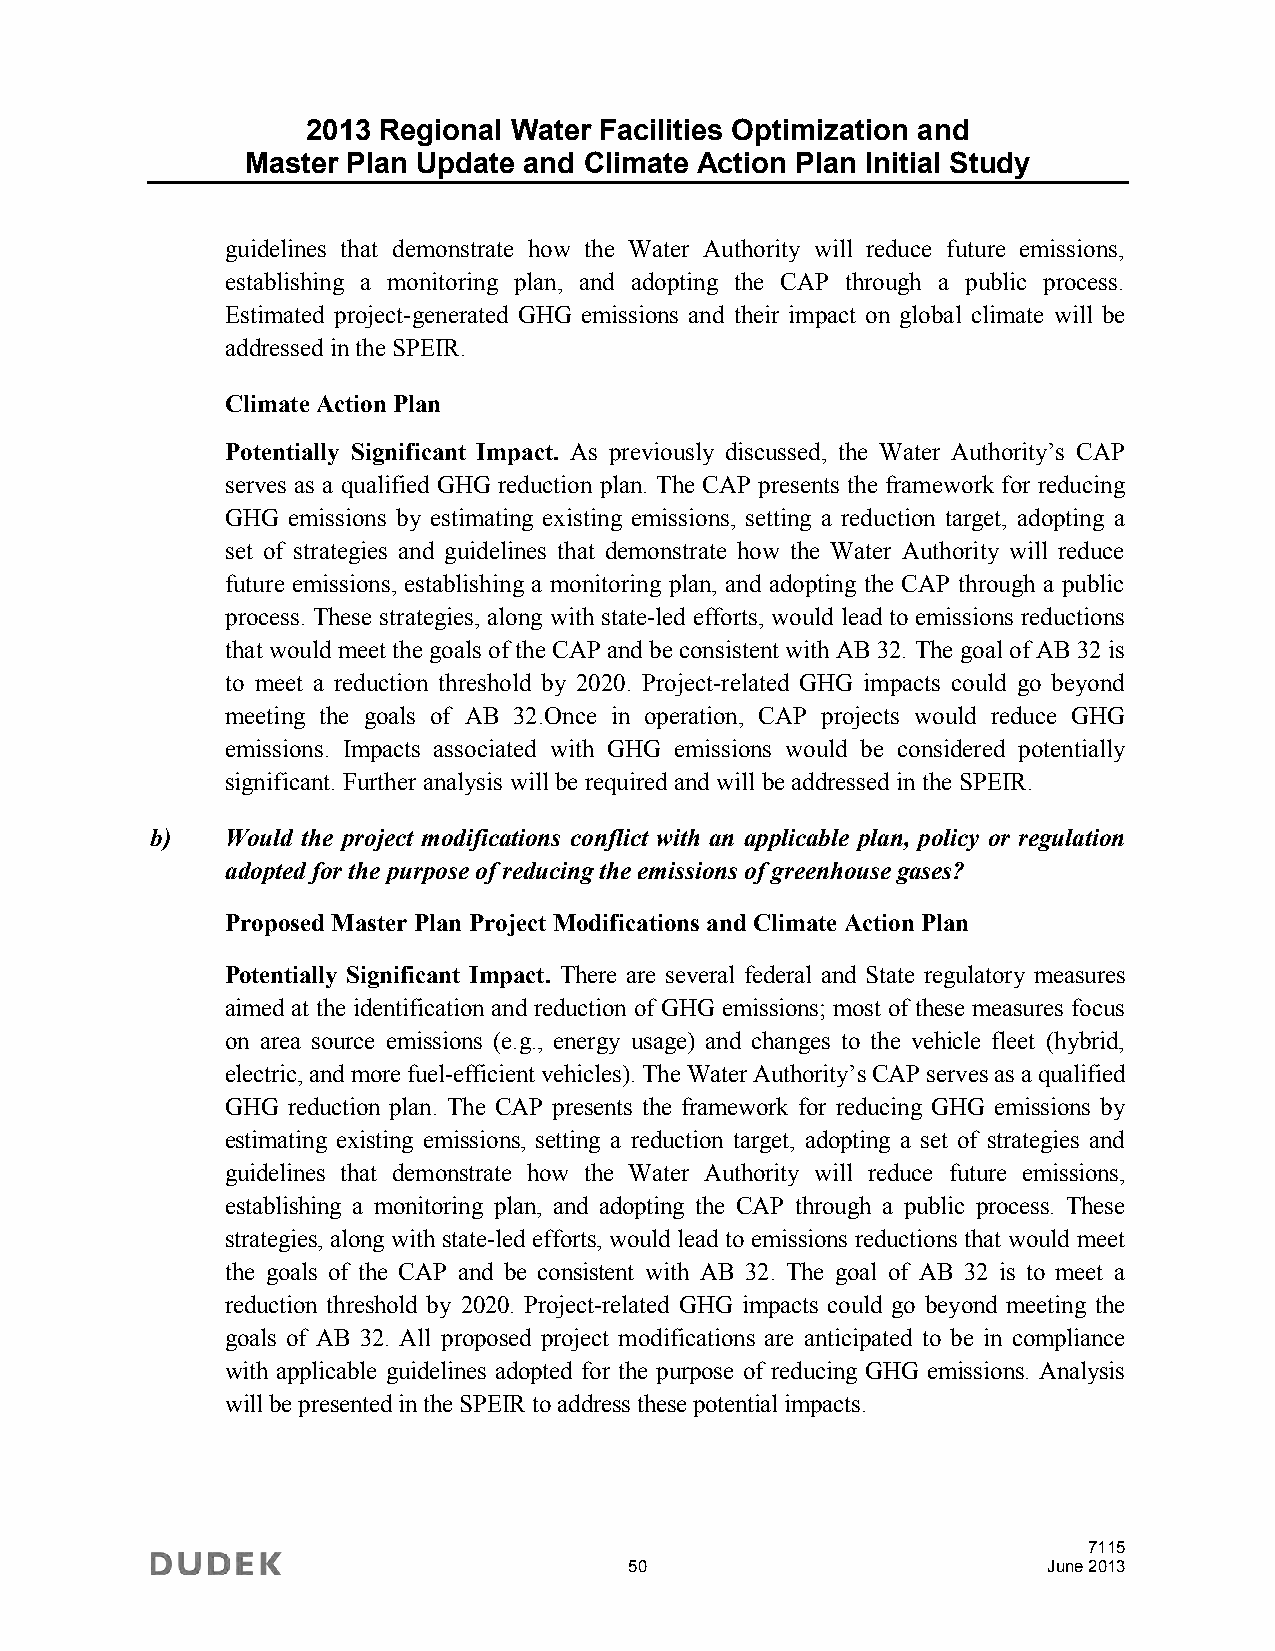
2013 Regional Water Facilities Optimization and
 Master Plan Update and Climate Action Plan Initial Study
 guidelines that demonstrate how the Water Authority will reduce future emissions,
 establishing a monitoring plan, and adopting the CAP through a public process.
 Estimated project-generated GHG emissions and their impact on global climate will be
 addressed in the SPEIR.
 Climate Action Plan
 Potentially Significant Impact. As previously discussed, the Water Authority’s CAP
 serves as a qualified GHG reduction plan. The CAP presents the framework for reducing
 GHG emissions by estimating existing emissions, setting a reduction target, adopting a
 set of strategies and guidelines that demonstrate how the Water Authority will reduce
 future emissions, establishing a monitoring plan, and adopting the CAP through a public
 process. These strategies, along with state-led efforts, would lead to emissions reductions
 that would meet the goals of the CAP and be consistent with AB 32. The goal of AB 32 is
 to meet a reduction threshold by 2020. Project-related GHG impacts could go beyond
 meeting the goals of AB 32.Once in operation, CAP projects would reduce GHG
 emissions. Impacts associated with GHG emissions would be considered potentially
 significant. Further analysis will be required and will be addressed in the SPEIR.
 b)   Would the project modifications conflict with an applicable plan, policy or regulation
 adopted for the purpose of reducing the emissions of greenhouse gases?
 Proposed Master Plan Project Modifications and Climate Action Plan
 Potentially Significant Impact. There are several federal and State regulatory measures
 aimed at the identification and reduction of GHG emissions; most of these measures focus
 on area source emissions (e.g., energy usage) and changes to the vehicle fleet (hybrid,
 electric, and more fuel-efficient vehicles). The Water Authority’s CAP serves as a qualified
 GHG reduction plan. The CAP presents the framework for reducing GHG emissions by
 estimating existing emissions, setting a reduction target, adopting a set of strategies and
 guidelines that demonstrate how the Water Authority will reduce future emissions,
 establishing a monitoring plan, and adopting the CAP through a public process. These
 strategies, along with state-led efforts, would lead to emissions reductions that would meet
 the goals of the CAP and be consistent with AB 32. The goal of AB 32 is to meet a
 reduction threshold by 2020. Project-related GHG impacts could go beyond meeting the
 goals of AB 32. All proposed project modifications are anticipated to be in compliance
 with applicable guidelines adopted for the purpose of reducing GHG emissions. Analysis
 will be presented in the SPEIR to address these potential impacts.
 7115
 50                         June 2013